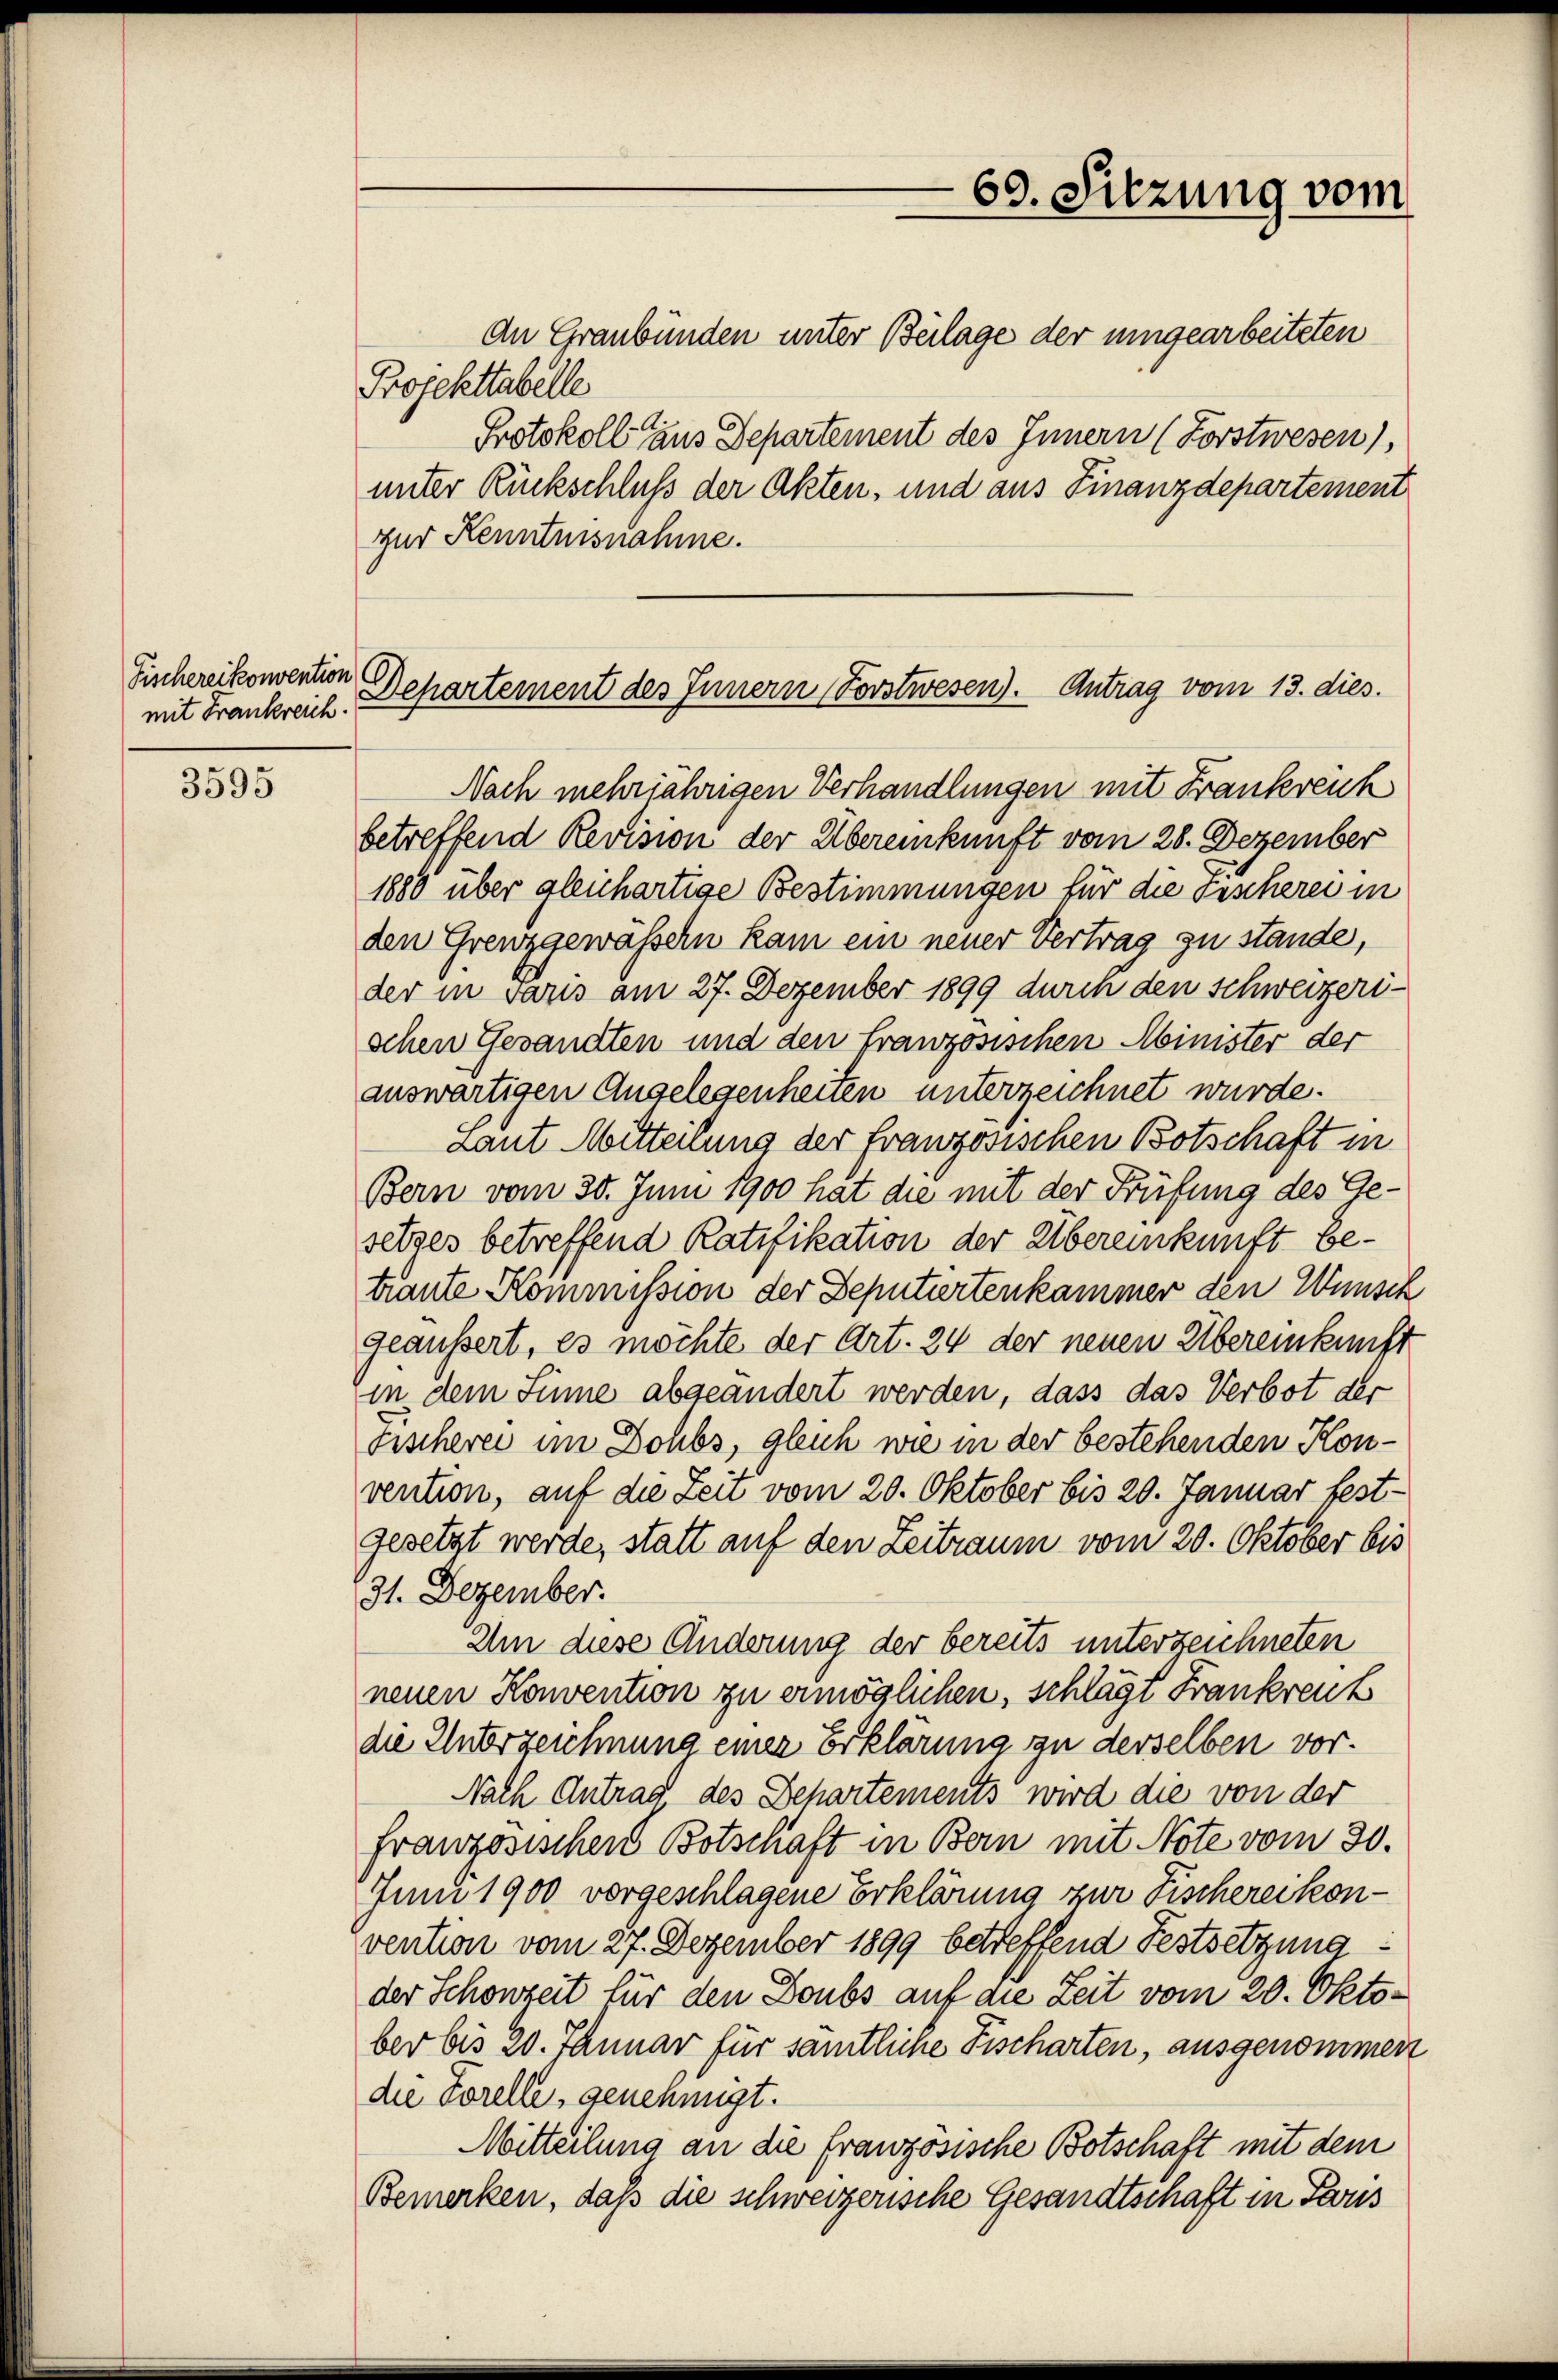
Fischereikonvention
mit Frankreich.

3595

69. Sitzung vom

An Graubünden unter Beilage der umgearbeiteten
Projekttabelle
Protokoll aus Departement des Innern (Forstwesen),
unter Rückschluß der Akten, und aus Finanzdepartement
zur Kenntnisnahme.
Nach mehrjährigen Verhandlungen mit Frankreich
betreffend Revision der Übereinkunft vom 28. Dezember
1880 über gleichartige Bestimmungen für die Fischerei in
den Grenzgewässern kam ein neuer Vertrag zu stande,
der in vars am 27. Dezember 1899 durch den Schweizeri-
schen Gesandten und den französischen Minister der
auswärtigen Angelegenheiten unterzeichnet wurde.
Laut Mitterung der französischen Botschaft in
Bern vom 30. Juni 1900 hat die mit der Prüfung des Gesetzes betreffend Ratifikation der Übereinkunft betraute Kommission der Deputiertenkammer den Wünsch
geäussert, es möchte der Art. 24 der neuen Übereinkunft
in dem Sinne abgeändert werden, dass das Verbot der
Fischerei im Dohbs, gleich wie in der bestehenden Konvention, auf die Zeit vom 20. Oktober bis 20. Januar fest-
gesetzt werde, statt auf den Zeitraum vom 20. Oktober bis
231. Dezember.
Um diese Änderung der bereits unterzeichneten
neuen Konvention zu ermöglichen, schlägt Frankreuz
die Unterzeichnung einer Erklärung zu derselben vor.
Nach Antrag des Behartements wird die von der
französischen Botschaft in Bern mit Note vom 30.
Juni 1900 vorgeschlagene Erklärung zur Fischereikon-
vention vom 27. Dezember 1899 betreffend Festsetzungder Schonzeit für den Doubs auf die Zeit vom 20. Oktober bis 20. Januar für sämtliche Fischarten, ausgenommen
die Forelle, genehmigt.
Mitteilung an die französische Botschaft mit dem
Bemerken, daß die schweizerische Gesandtschaft in Paris

Departement des Innern Forstwesen). Antrag vom 13. dies